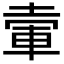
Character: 𡍦